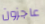
عاجزون